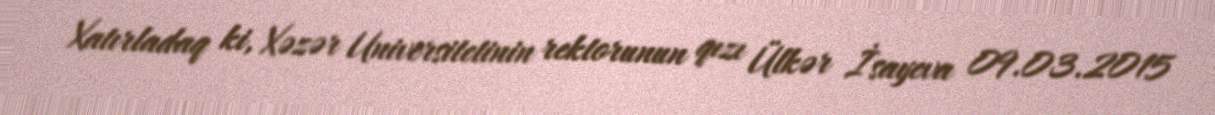
Xatırladaq ki, Xəzər Universitetinin rektorunun qızı Ülkər İsayeva 09.03.2015